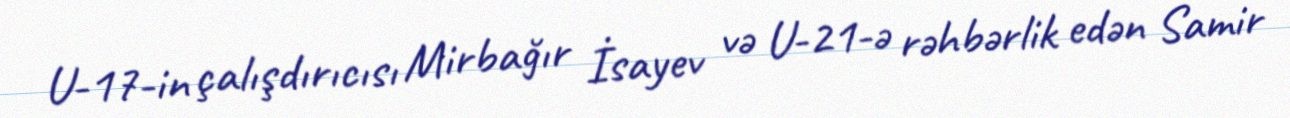
U-17-in çalışdırıcısı Mirbağır İsayev və U-21-ə rəhbərlik edən Samir